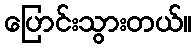
ပြောင်းသွားတယ်။